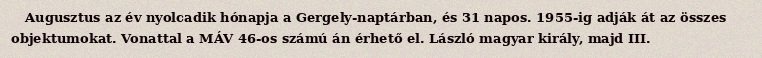
Augusztus az év nyolcadik hónapja a Gergely-naptárban, és 31 napos. 1955-ig adják át az összes objektumokat. Vonattal a MÁV 46-os számú án érhető el. László magyar király, majd III.